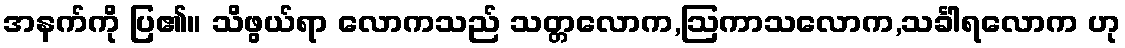
အနက်ကို ပြ၏။ သိဖွယ်ရာ လောကသည် သတ္တလောက,ဩကာသလောက,သင်္ခါရလောက ဟု